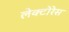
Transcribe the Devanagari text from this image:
लेक्टोरेस